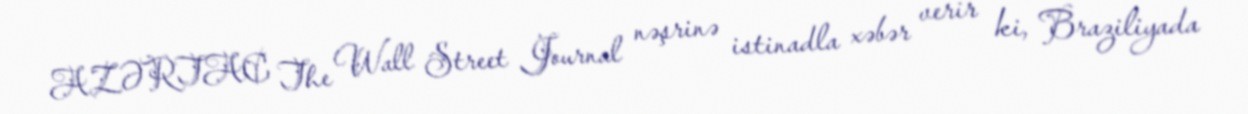
AZƏRTAC The Wall Street Journal nəşrinə istinadla xəbər verir ki, Braziliyada